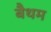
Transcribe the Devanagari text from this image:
बैथम